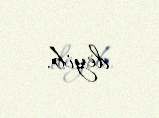
deyib.